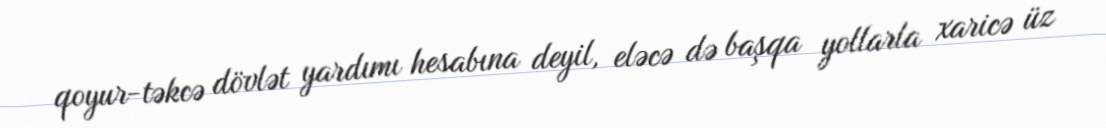
qoyur-təkcə dövlət yardımı hesabına deyil, eləcə də başqa yollarla xaricə üz